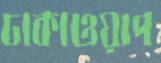
ঢাকাওয়াপ